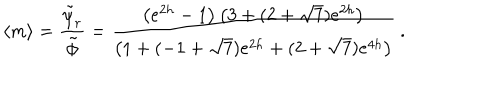
\langle m \rangle = { \frac { \tilde { \psi } _ { r } } { \tilde { \phi } } } = { \frac { \left( e ^ { 2 h } - 1 \right) \left( 3 + ( 2 + \sqrt { 7 } ) e ^ { 2 h } \right) } { \left( 1 + ( - 1 + \sqrt { 7 } ) e ^ { 2 h } + ( 2 + \sqrt { 7 } ) e ^ { 4 h } \right) } } \ .